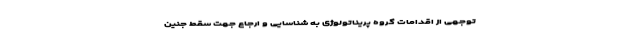
توجهی از اقدامات گروه پریناتولوژی به شناسایی و ارجاع جهت سقط جنین